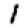
Digit: 1